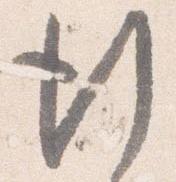
行